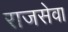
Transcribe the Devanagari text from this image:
राजसेवा